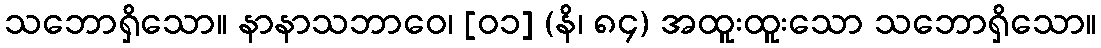
သဘောရှိသော။ နာနာသဘာဝေ၊ [၀၁] (နိ၊ ၈၄) အထူးထူးသော သဘောရှိသော။